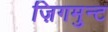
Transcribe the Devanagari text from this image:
ज़िगमुन्ट